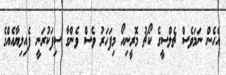
އެހެން ނަމަވެސް ޗެލްސީގެ ކޯޗު މޮރީނިއޯ މިފަހަރު ވެސް ވެންގާ ސިފަކުރަނީ ފެއިލިޔާއެއްގެ